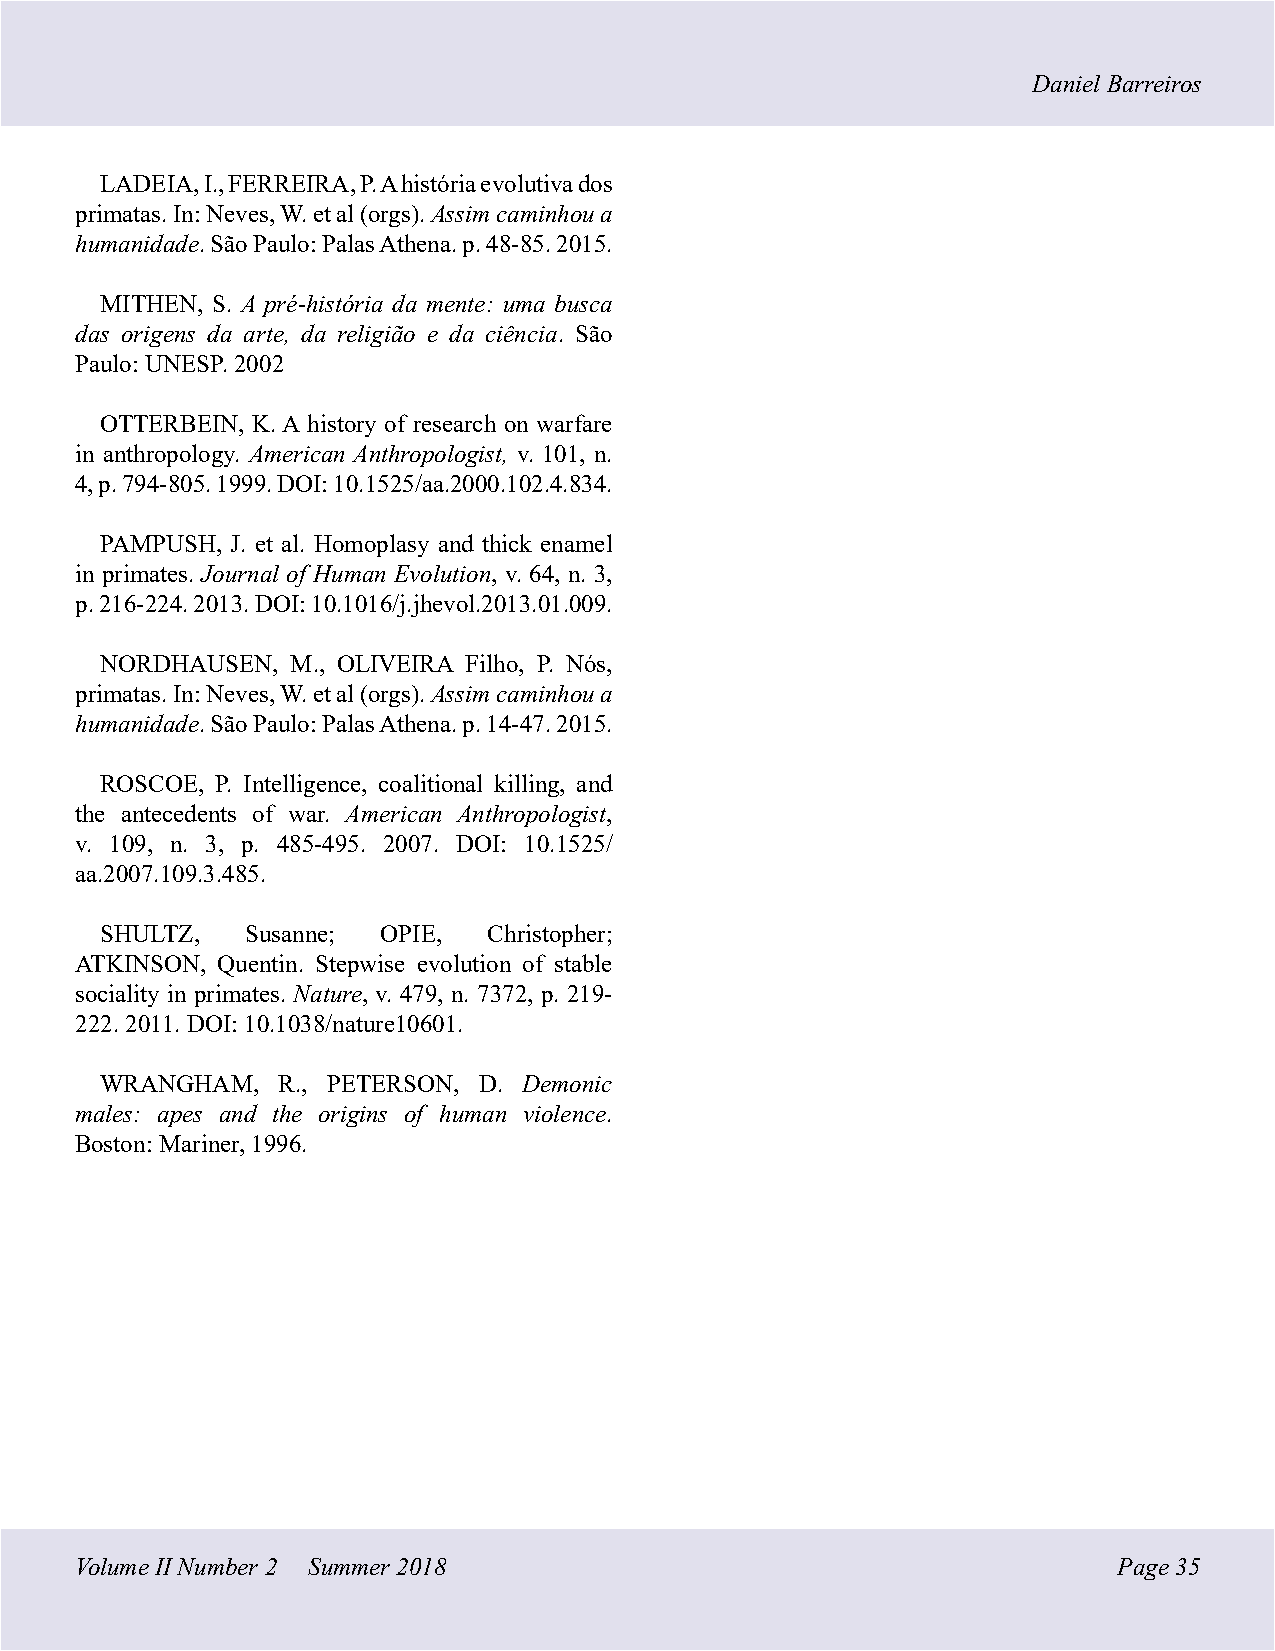
Daniel Barreiros
 LADEIA, I., FERREIRA, P. A história evolutiva dos
 primatas. In: Neves, W. et al (orgs). Assim caminhou a
 humanidade. São Paulo: Palas Athena. p. 48-85. 2015.
 MITHEN, S. A pré-história da mente: uma busca
 das origens da arte, da religião e da ciência. São
 Paulo: UNESP. 2002
 OTTERBEIN, K. A history of research on warfare
 in anthropology. American Anthropologist, v. 101, n.
 4, p. 794-805. 1999. DOI: 10.1525/aa.2000.102.4.834.
 PAMPUSH, J. et al. Homoplasy and thick enamel
 in primates. Journal of Human Evolution, v. 64, n. 3,
 p. 216-224. 2013. DOI: 10.1016/j.jhevol.2013.01.009.
 NORDHAUSEN, M., OLIVEIRA Filho, P. Nós,
 primatas. In: Neves, W. et al (orgs). Assim caminhou a
 humanidade. São Paulo: Palas Athena. p. 14-47. 2015.
 ROSCOE, P. Intelligence, coalitional killing, and
 the antecedents of war. American Anthropologist,
 v. 109, n. 3, p. 485-495. 2007. DOI: 10.1525/
 aa.2007.109.3.485.
 SHULTZ,  Susanne; OPIE,  Christopher;
 ATKINSON, Quentin. Stepwise evolution of stable
 sociality in primates. Nature, v. 479, n. 7372, p. 219-
 222. 2011. DOI: 10.1038/nature10601.
 WRANGHAM,  R., PETERSON, D. Demonic
 males: apes and the origins of human violence.
 Boston: Mariner, 1996.
 Volume II Number 2 Summer 2018                                       Page 35